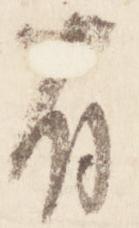
有